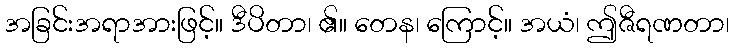
အခြင်းအရာအားဖြင့်။ ဒီပိတာ၊ ၏။ တေန၊ ကြောင့်။ အယံ၊ ဤဇီရဏတာ၊